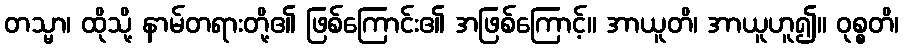
တသ္မာ၊ ထိုသို့ နာမ်တရားတို့၏ ဖြစ်ကြောင်း၏ အဖြစ်ကြောင့်။ အာယူတိ၊ အာယူဟူ၍။ ဝုစ္စတိ၊